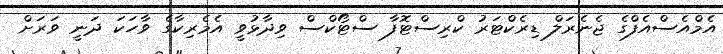
އެމްއެސްއެފްގެ ޖެނެރަލް ޑިރެކްޓަރު ކްރިސްޓޮފާ ސްޓޯކްސް ވިދާޅުވީ އެމެރިކާގެ ވާހަކަ ދަނީ ވަރަށް